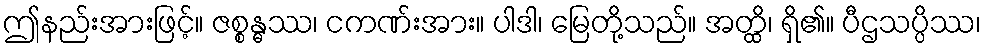
ဤနည်းအားဖြင့်။ ဇစ္စန္ဓဿ၊ ငကဏ်းအား။ ပါဒါ၊ မြေတို့သည်။ အတ္ထိ၊ ရှိ၏။ ပီဌသပ္ပိဿ၊